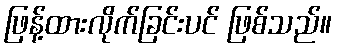
ဖြန့်ထားလိုက်ခြင်းပင် ဖြစ်သည်။